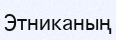
Этниканың